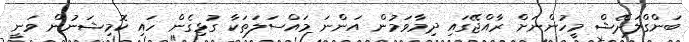
ބަންގްލަދޭޝް މީހުންނަށް ރާއްޖޭގައި ދިމާވަމުން އަންނަ މައްސަލަތަކާ ގުޅިގެން ހައި ކޮމިޝަނުން ވަނީ